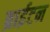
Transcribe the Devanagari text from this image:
ब्राईटन